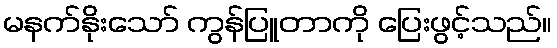
မနက်နိုးသော် ကွန်ပြူတာကို ပြေးဖွင့်သည်။